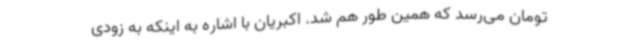
تومان می‌رسد که همین طور هم شد. اکبریان با اشاره به اینکه به زودی